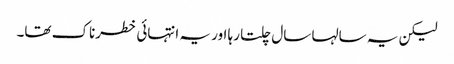
لیکن یہ سالہا سال چلتا رہا اور یہ انتہائی خطرناک تھا۔